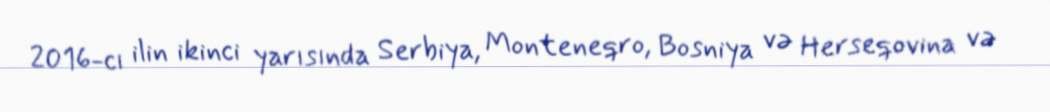
2016-cı ilin ikinci yarısında Serbiya, Monteneqro, Bosniya və Herseqovina və